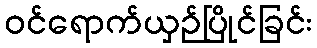
ဝင်ရောက်ယှဉ်ပြိုင်ခြင်း